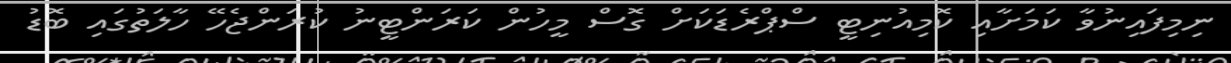
ނިމިފައިނުވާ ކަމަށާއި ކޮމިއުނިޓީ ސްޕްރެޑަކަށް ގޮސް މީހުން ކަރަންޓީނު ކުރަންޖެހޭ ހާލަތުގައި ބޮޑު